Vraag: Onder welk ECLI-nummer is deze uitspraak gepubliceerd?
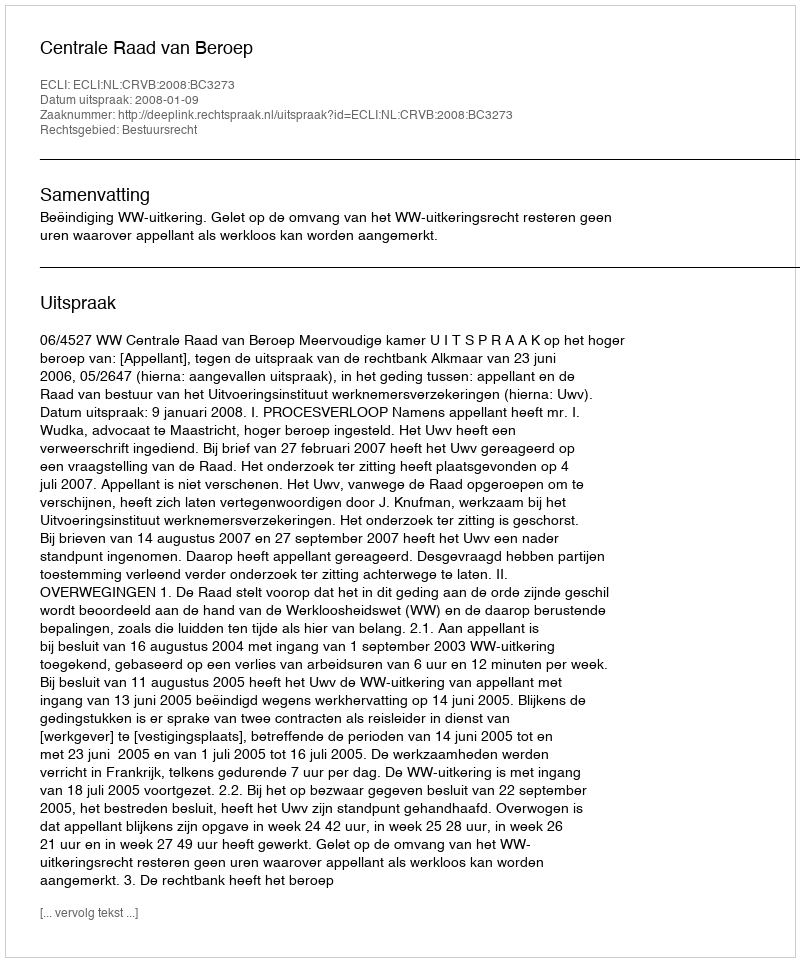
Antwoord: ECLI:NL:CRVB:2008:BC3273